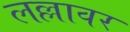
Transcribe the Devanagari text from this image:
लल्लावर